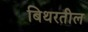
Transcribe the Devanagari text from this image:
बिथरतील